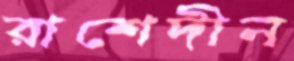
রাশেদীন